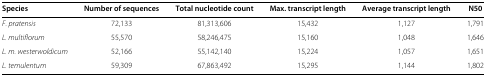
<table><thead><tr><td><b>Species</b></td><td><b>Number of sequences</b></td><td><b>Total nucleotide count</b></td><td><b>Max. transcript length</b></td><td><b>Average transcript length</b></td><td><b>N50</b></td></tr></thead><tbody><tr><td><i>F. pratensis</i></td><td>72,133</td><td>81,313,606</td><td>15,432</td><td>1,127</td><td>1,791</td></tr><tr><td><i>L. multiflorum</i></td><td>55,570</td><td>58,246,475</td><td>15,160</td><td>1,048</td><td>1,646</td></tr><tr><td><i>L. m. westerwoldicum</i></td><td>52,166</td><td>55,142,140</td><td>15,224</td><td>1,057</td><td>1,651</td></tr><tr><td><i>L. temulentum</i></td><td>59,309</td><td>67,863,492</td><td>15,295</td><td>1,144</td><td>1,802</td></tr></tbody></table>